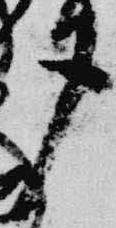
夕